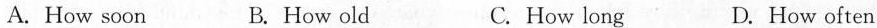
A. How soon B. How old C. How long D. How often